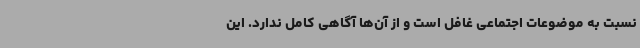
نسبت به موضوعات اجتماعی غافل است و از آن‌ها آگاهی کامل ندارد. این